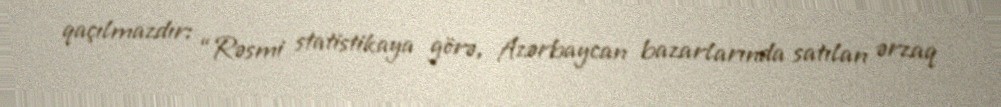
qaçılmazdır: “Rəsmi statistikaya görə, Azərbaycan bazarlarında satılan ərzaq